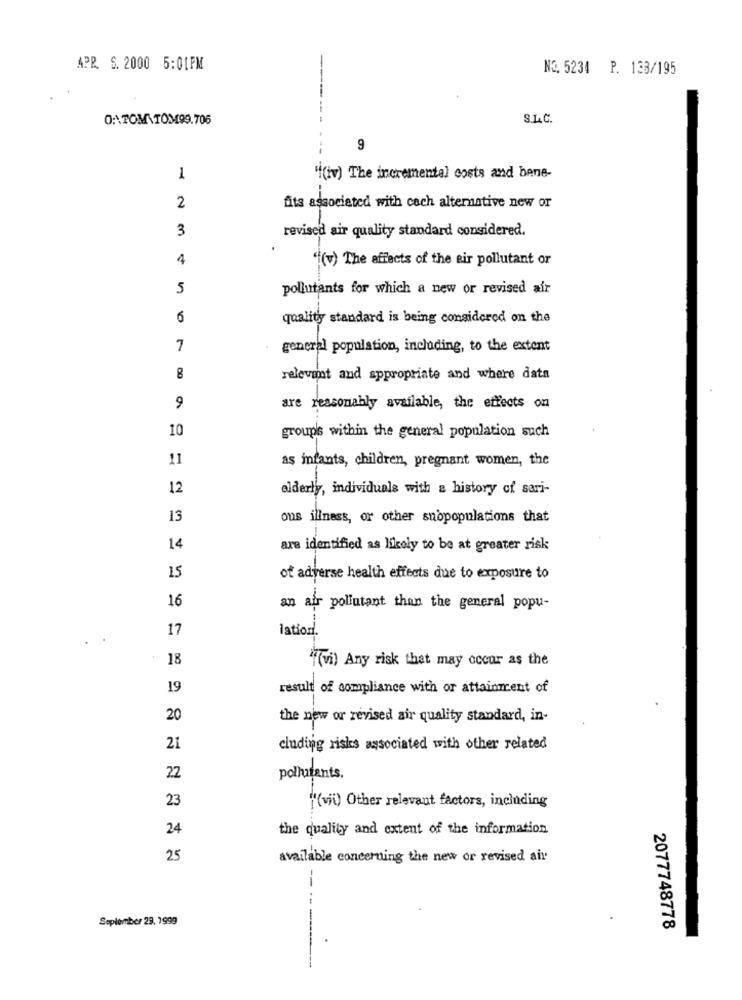
APR. S. 2000 5:01PM
NO. 5234 P. 133/195
0:\TOM TOM99.706
S.L.C.
9
1
"(iv) The incremental costs and bene-
2
fits associated with cech alternative new or
3
revised air quality standard considered.
.
4
"(v) The effects of the air pollutant or
5
pollutants for which a new or revised air
6
quality standard is being considered on the
7
general population, including, to the extent
8
relevant and appropriate and where data
9
are reasonably available, the effects on
10
groups within the general population such
11
as infants, children, pregnant women, the
12
elderly, individuals with a history of sari-
13
ous illness, or other snopopulations that
-
14
are identified as likely to be at greater risk
15
of adverse health effects due to exposure to
16
an air pollutant than the general popu-
17
lation.
18
"(vi) Any risk that may occur as the
19
result of compliance with or attainment of
20
the new or revised air quality standard, in-
21
cluding risks associated with other related
22
pollutants.
23
"(vii) Other relevant factors, including
24
the quality and extent of the information
25
available concerning the new or revised air
September 29, 1999
2077748778